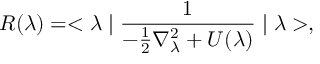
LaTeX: R ( \lambda ) = < \lambda \mid \frac { 1 } { - \frac { 1 } { 2 } \nabla _ { \lambda } ^ { 2 } + U ( \lambda ) } \mid \lambda > ,